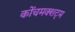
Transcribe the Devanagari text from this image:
कोंचमक्शट्म